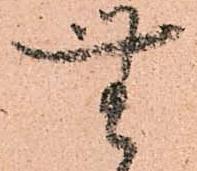
無